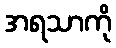
အရသာကို